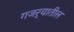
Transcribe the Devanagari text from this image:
गजर्‍यातील